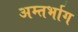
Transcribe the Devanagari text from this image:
अम्तर्भाग